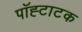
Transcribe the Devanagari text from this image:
पॉह्टाटक